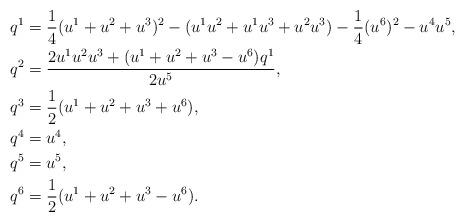
LaTeX: \begin{align*} & q^{1}=\frac{1}{4}(u^{1}+u^{2}+u^{3})^{2}-(u^{1}u^{2}+u^{1}u^{3}+u^{2}u^{3})-\frac{1}{4}(u^{6})^{2}-u^{4}u^{5}, \\&q^{2}=\frac{2u^{1}u^{2}u^{3}+(u^{1}+u^{2}+u^{3}-u^{6})q^{1}}{2u^{5}}, \\&q^{3}=\frac{1}{2}(u^{1}+u^{2}+u^{3}+u^{6}), \\&q^{4}=u^{4}, \\&q^{5}=u^{5}, \\&q^{6}=\frac{1}{2}(u^{1}+u^{2}+u^{3}-u^{6}).\end{align*}